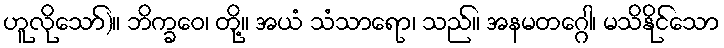
ဟူလိုသော်)။ ဘိက္ခဝေ၊ တို့။ အယံ သံသာရော၊ သည်။ အနမတဂ္ဂေါ၊ မသိနိုင်သော